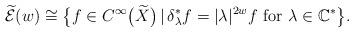
LaTeX: \begin{gather*}\widetilde{\mathcal{E}}(w)\cong \big\{f\in C^\infty\big(\widetilde X\big)\, |\, \delta_\lambda^\ast f=|\lambda|^{2w}f\ {\rm for}\ \lambda\in\mathbb{C}^\ast\big\}.\end{gather*}